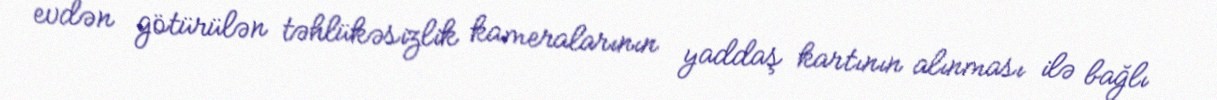
evdən götürülən təhlükəsizlik kameralarının yaddaş kartının alınması ilə bağlı